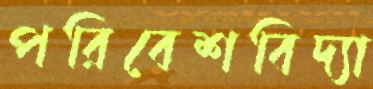
পরিবেশবিদ্যা